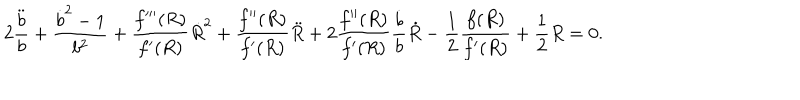
2 \frac { \ddot { b } } { b } + \frac { { \dot { b } } ^ { 2 } - 1 } { b ^ { 2 } } + \frac { f ^ { \prime \prime \prime } ( R ) } { f ^ { \prime } ( R ) } \dot { R } ^ { 2 } + \frac { f ^ { \prime \prime } ( R ) } { f ^ { \prime } ( R ) } \ddot { R } + 2 \frac { f ^ { \prime \prime } ( R ) } { f ^ { \prime } ( R ) } \frac { \dot { b } } { b } \dot { R } - \frac { 1 } { 2 } \frac { f ( R ) } { f ^ { \prime } ( R ) } + \frac { 1 } { 2 } R = 0 .